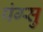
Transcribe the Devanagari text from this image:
पंग्सु